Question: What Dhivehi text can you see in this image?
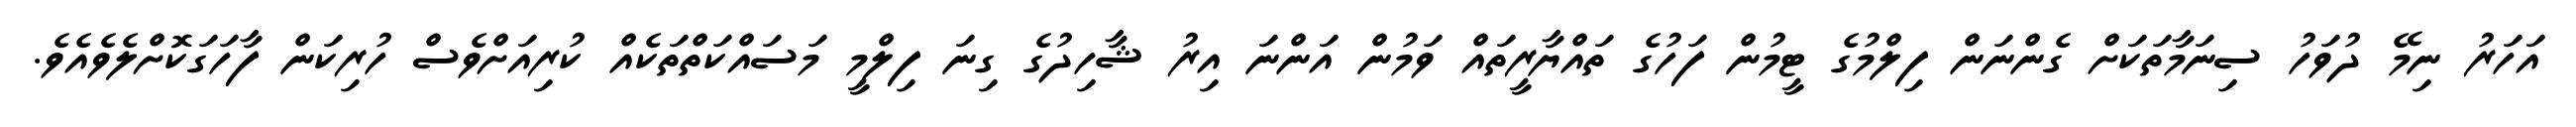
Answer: އަހަރު ނިމޭ ދުވަހު ސިނަމާތަކަށް ގެންނަން ފިލްމުގެ ޓީމުން ފަހުގެ ތައްޔާރީތައް ވަމުން އަންނަ އިރު ޝާހިދުގެ ގިނަ ފިލްމީ މަސައްކަތްތަކެއް ކުރިއަށްވެސް ހުރިކަން ފާހަގަކޮށްލެވެއެވެ.